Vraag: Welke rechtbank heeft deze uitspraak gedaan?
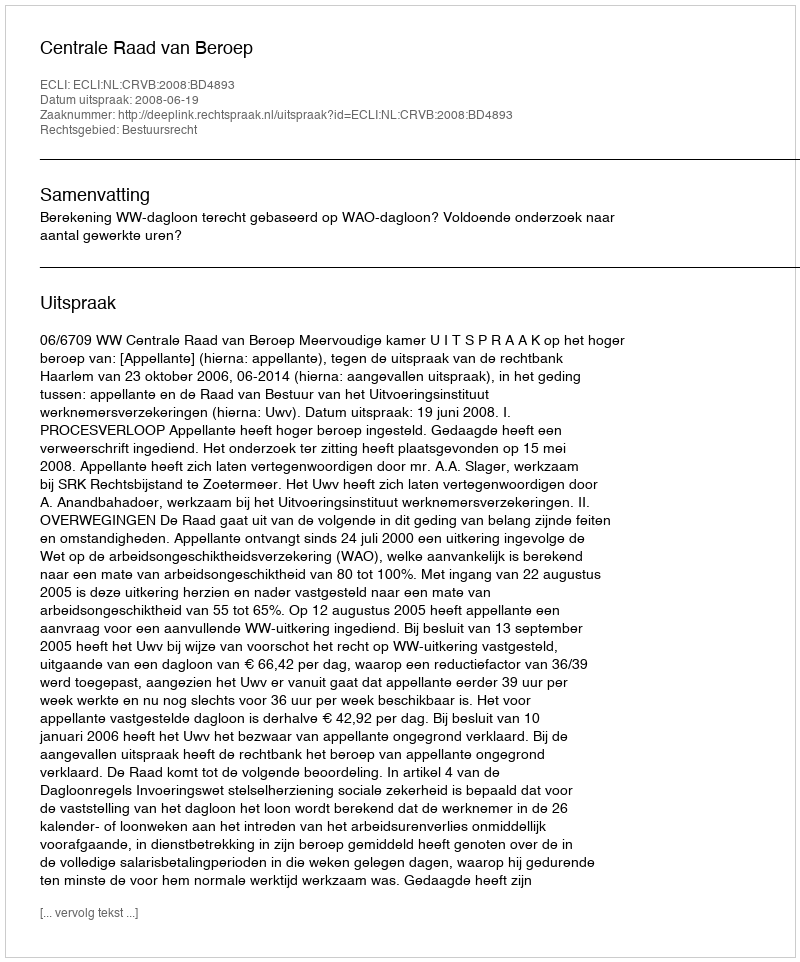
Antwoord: Centrale Raad van Beroep